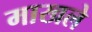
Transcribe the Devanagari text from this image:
माखले